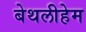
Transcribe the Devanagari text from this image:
बेथलीहेम